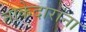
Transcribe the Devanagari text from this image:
नाकेदारांना